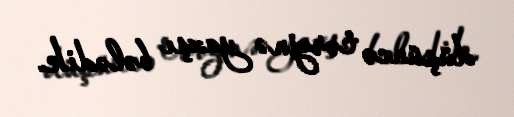
düşüncə tərzinə yaxşı bələdik.